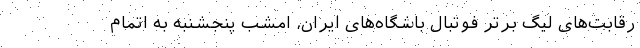
رقابت‌های لیگ برتر فوتبال باشگاه‌های ایران، امشب پنجشنبه به اتمام